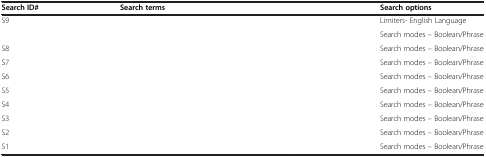
<table><thead><tr><td><b>Search ID#</b></td><td><b>Search terms</b></td><td><b>Search options</b></td></tr></thead><tbody><tr><td rowspan="2">S9</td><td rowspan="2">[EMPTY_CELL]</td><td>Limiters- English Language</td></tr><tr><td>Search modes – Boolean/Phrase</td></tr><tr><td>S8</td><td>[EMPTY_CELL]</td><td>Search modes – Boolean/Phrase</td></tr><tr><td>S7</td><td>[EMPTY_CELL]</td><td>Search modes – Boolean/Phrase</td></tr><tr><td>S6</td><td>[EMPTY_CELL]</td><td>Search modes – Boolean/Phrase</td></tr><tr><td>S5</td><td>[EMPTY_CELL]</td><td>Search modes – Boolean/Phrase</td></tr><tr><td>S4</td><td>[EMPTY_CELL]</td><td>Search modes – Boolean/Phrase</td></tr><tr><td>S3</td><td>[EMPTY_CELL]</td><td>Search modes – Boolean/Phrase</td></tr><tr><td>S2</td><td>[EMPTY_CELL]</td><td>Search modes – Boolean/Phrase</td></tr><tr><td>S1</td><td>[EMPTY_CELL]</td><td>Search modes – Boolean/Phrase</td></tr></tbody></table>